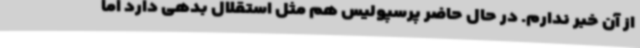
از آن خبر ندارم. در حال حاضر پرسپولیس هم مثل استقلال بدهی دارد اما